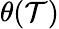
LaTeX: \theta(\mathcal{T})